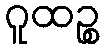
ဂူထဉ္စ